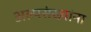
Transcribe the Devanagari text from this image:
अल्पसंख्यांना